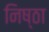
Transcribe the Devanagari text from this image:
निष्‍ठा